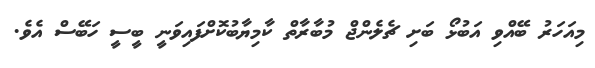
މިއަހަރު ބޭއްވި އަބުޅޯ ބަށި ޗެލެންޖް މުބާރާތް ކާމިޔާބުކޮށްފައިވަނީ ބީސީ ހަބޭސް އެވެ.